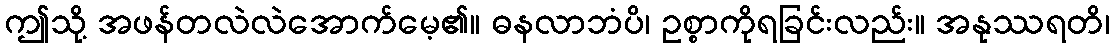
ဤသို့ အဖန်တလဲလဲအောက်မေ့၏။ ဓနလာဘံပိ၊ ဥစ္စာကိုရခြင်းလည်း။ အနုဿရတိ၊